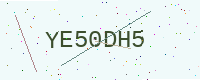
Text: YE50DH5